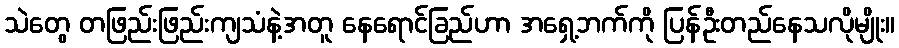
သဲတွေ တဖြည်းဖြည်းကျသံနဲ့အတူ နေရောင်ခြည်ဟာ အရှေ့ဘက်ကို ပြန်ဦးတည်နေသလိုမျိုး။